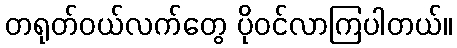
တရုတ်ဝယ်လက်တွေ ပိုဝင်လာကြပါတယ်။